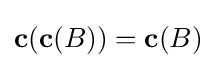
\mathbf {c} (\mathbf {c} (B))=\mathbf {c} (B)